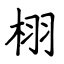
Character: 栩